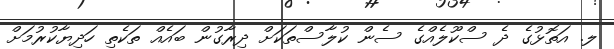
ލ. އަތޮޅުގެ ދެ ސްކޫލެއްގެ ސެން ކުލާސްތަކަށް ދިރާގުން ބައެއް ތަކެތި ހަދިޔާކުރުމަށް